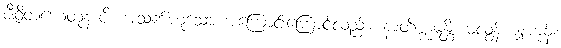
ဇီဝိတဟေတုနာပိ၊ အသက်ဟူသော အကြောင်းကြောင့်လည်း။ နာတိက္ကမန္တိ၊ မလွန်ကျူးကုန်။